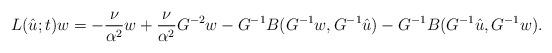
LaTeX: \begin{align*}L(\hat{u};t)w=-\frac{\nu}{\alpha^2}w+\frac{\nu}{\alpha^2} G^{-2}w-G^{-1} B(G^{-1}w,G^{-1}\hat{u})-G^{-1}B(G^{-1} \hat{u},G^{-1} w).\end{align*}